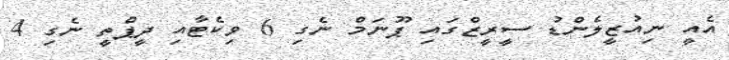
އެއީ ނިއުޒީލެންޑު ސީރީޒްގައި ޕޫނަމް ނެގި 6 ވިކެޓާއި ދީޕްތީ ނެގި 4